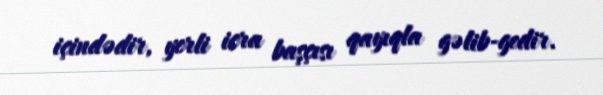
içindədir, yerli icra başçısı qayıqla gəlib-gedir.